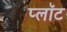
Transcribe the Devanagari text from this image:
प्‍लॉट